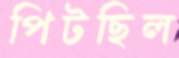
পিটছিল